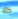
كلا